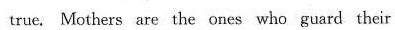
true. Mothers are the ones who guard their